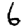
Digit: 6